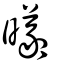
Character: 曦